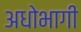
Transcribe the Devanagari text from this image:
अधोभागी